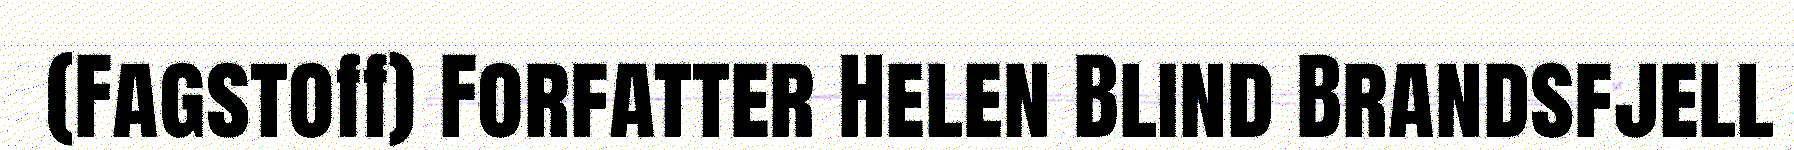
(Fagstoff) Forfatter Helen Blind Brandsfjell